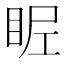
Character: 𥅣